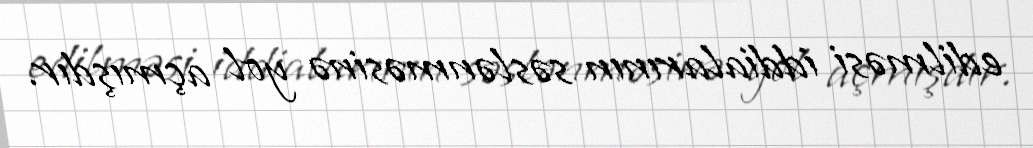
edilməsi iddialarının səslənməsinə yol açmışdır.